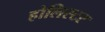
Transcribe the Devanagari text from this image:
होलिस्टर